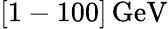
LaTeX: [1-100]\, \mathrm{GeV}